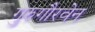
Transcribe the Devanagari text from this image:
गुरुगौरवेन